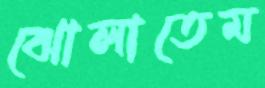
ঝোলাতেম